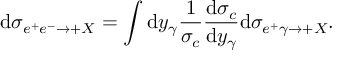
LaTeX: \mathrm { d } \sigma _ { e ^ { + } e ^ { - } \to \l + X } = \int \mathrm { d } y _ { \gamma } \frac { 1 } { \sigma _ { c } } \frac { \mathrm { d } \sigma _ { c } } { \mathrm { d } y _ { \gamma } } \mathrm { d } \sigma _ { e ^ { + } \gamma \to \l + X } .